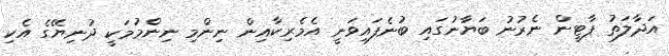
އަދާލަތު ޕާޓީން ނެރުނު ބަޔާނުގައި ބުނެފައިވަނީ އެމެރިކާއިން ނިންމި ނިންމުމަކީ ދުނިޔޭގެ އެކި